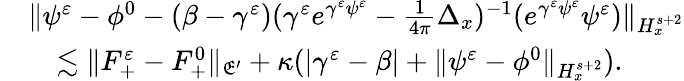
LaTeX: \begin{array}{r}{\begin{array}{rl}&{\| \psi^{\varepsilon}-\phi^{0}-(\beta-\gamma^{\varepsilon})(\gamma^{\varepsilon}e^{\gamma^{\varepsilon}\psi^{\varepsilon}}-\frac{1}{4\pi}\Delta_{x})^{-1}(e^{\gamma^{\varepsilon}\psi^{\varepsilon}}\psi^{\varepsilon})\| _{H_{x}^{s+2}}}\\ &{\quad\lesssim\| F_{+}^{\varepsilon}-F_{+}^{0}\| _{\mathfrak E^{\prime}}+\kappa(|\gamma^{\varepsilon}-\beta|+\| \psi^{\varepsilon}-\phi^{0}\| _{H_{x}^{s+2}}).}\end{array}}\end{array}